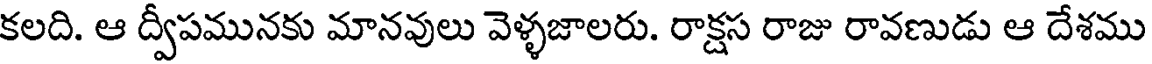
కలది. ఆ ద్వీపమునకు మానవులు వెళ్ళజాలరు. రాక్షస రాజు రావణుడు ఆ దేశము